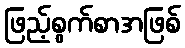
ဖြည့်စွက်စာအဖြစ်